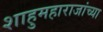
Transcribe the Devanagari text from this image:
शाहुमहाराजांच्या